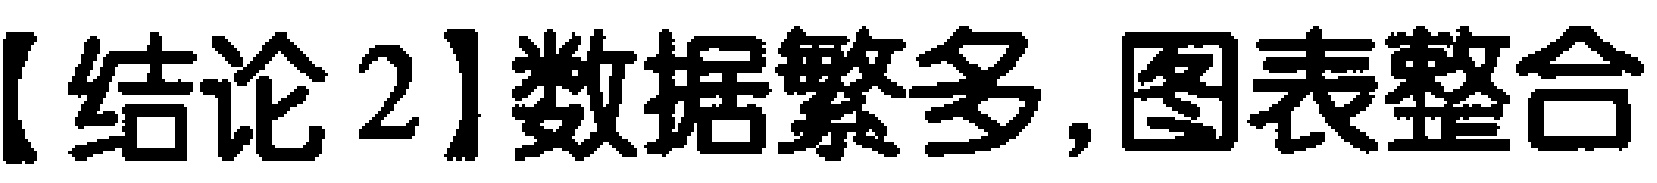
【结论2】数据繁多,图表整合